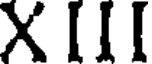
X III